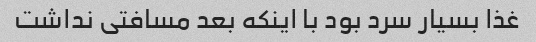
غذا بسیار سرد بود با اینکه بعد مسافتی نداشت